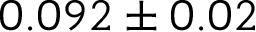
0 . 0 9 2 \pm 0 . 0 2